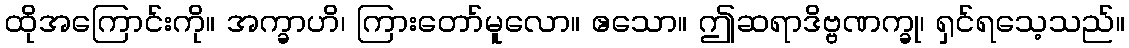
ထိုအကြောင်းကို။ အက္ခာဟိ၊ ကြားတော်မူလော။ ဧသော။ ဤဆရာဒိဗ္ဗဏက္ခု၊ ရှင်ရသေ့သည်။